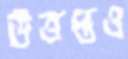
উত্তপ্তও